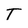
Character: T